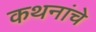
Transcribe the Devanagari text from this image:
कथनांचे